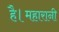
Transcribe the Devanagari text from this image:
है।महारानी